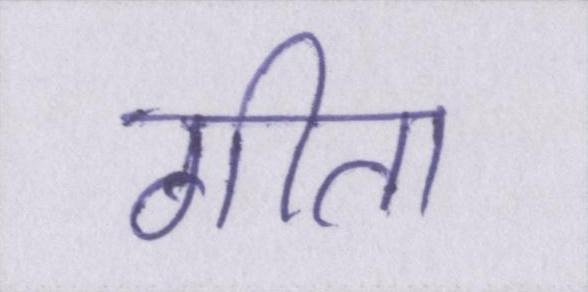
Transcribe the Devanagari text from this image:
गीता